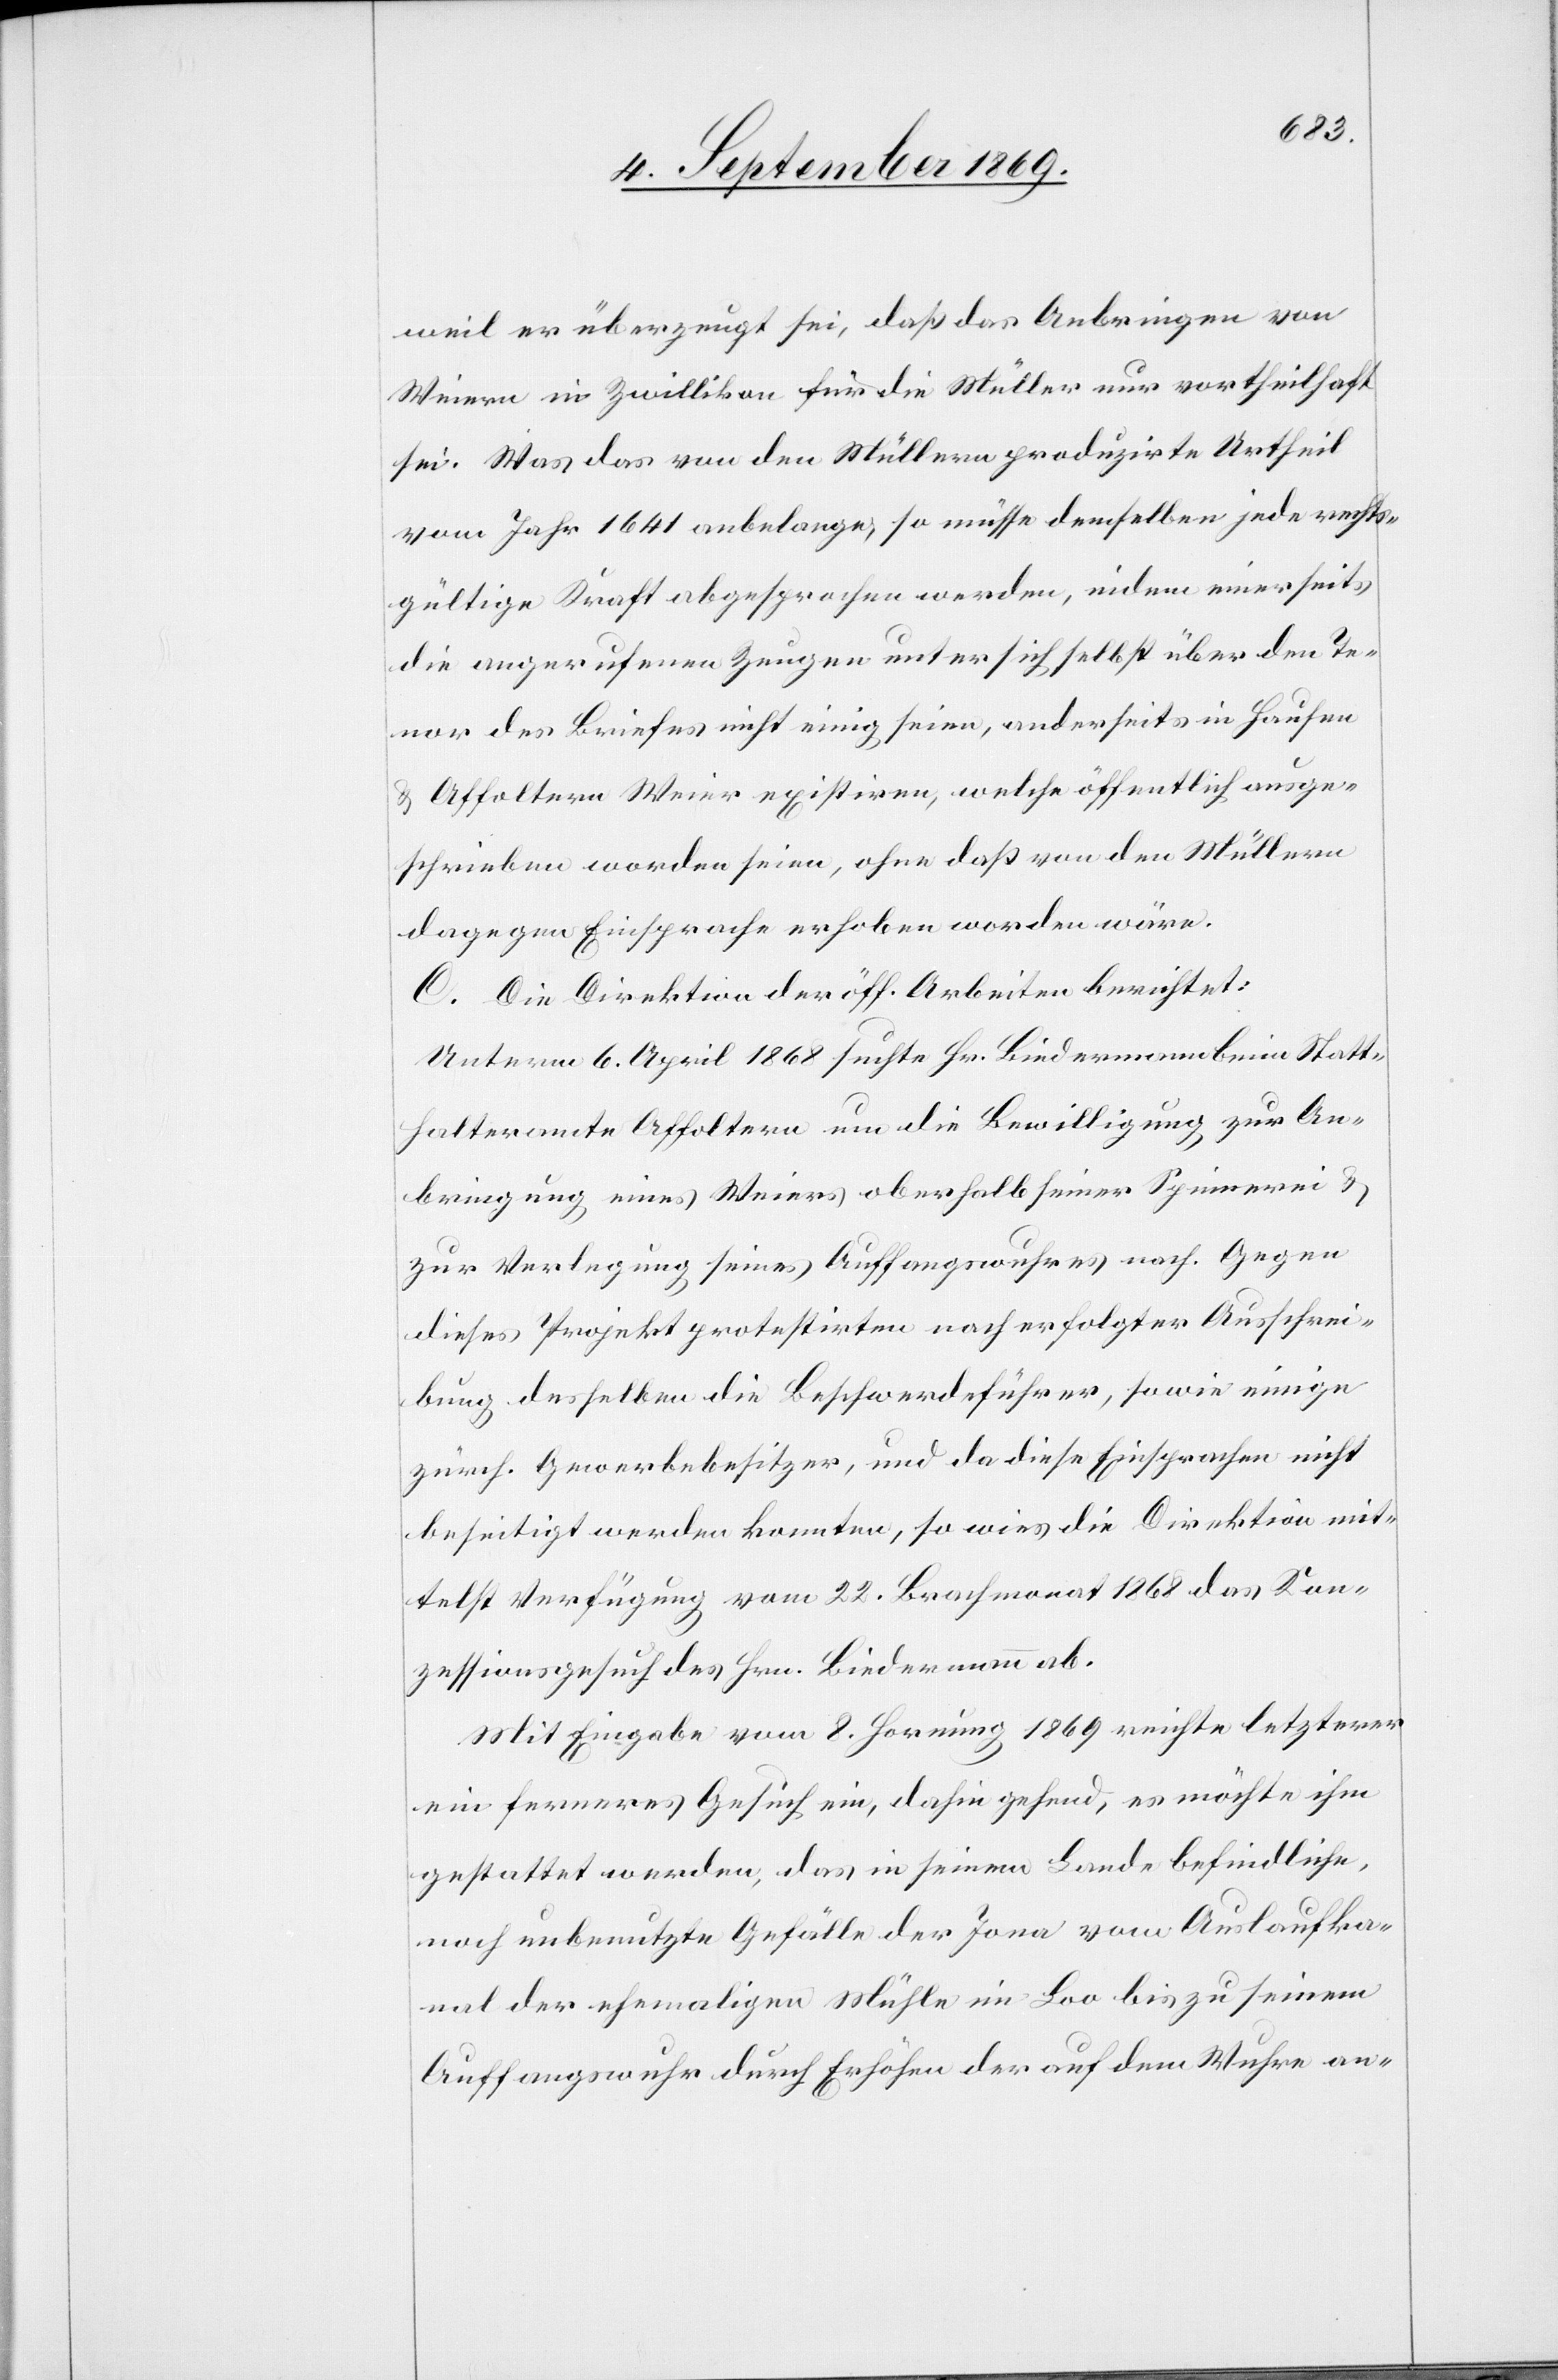
weil er überzeugt sei, daß das Anbringen von
Weiern in Zwillikon für die Müller nur vortheilhaft
sei. Was das von den Müllern produzirte Urtheil
vom Jahr 1641 anbelange, so müsse demselben jede rechts¬
gültige Kraft abgesprochen werden, indem einerseits
die angerufenen Zeugen unter sich selbst über den Te¬
nor des Briefes nicht einig seien, anderseits in Hausen
& Affoltern Weier existiren, welche öffentlich ausge¬
schrieben worden seien, ohne daß von den Müllern
dagegen Einsprache erhoben worden wäre.
C. Die Direktion der öff. Arbeiten berichtet:
Unterm 6. April 1868 suchte Hr. Biedermann beim Statt¬
halteramte Affoltern um die Bewilligung zur An¬
bringung eines Weiers oberhalb seiner Spinnerei &
zur Verlegung seines Auffangswuhres nach. Gegen
dieses Projekt protestirten nach erfolgter Ausschrei¬
bung desselben die Beschwerdeführer, sowie einige
zürch. Gewerbebesitzer, und da diese Einsprachen nicht
beseitigt werden konnten, so wies die Direktion mit¬
telst Verfügung vom 22. Brachmonat 1868 das Kon¬
zessionsgesuch des Hrn. Biedermann ab.
Mit Eingabe vom 8. Hornung 1869 reichte letzterer
ein ferneres Gesuch ein, dahin gehend, es möchte ihm
gestattet werden, das in seinem Lande befindliche,
noch unbenutzte Gefälle der Jona vom Auslaufka¬
nal der ehemaligen Mühle im Loo bis zu seinem
Auffangswuhr durch Erhöhen der auf dem Wuhre an-